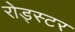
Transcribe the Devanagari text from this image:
रोड्स्टर